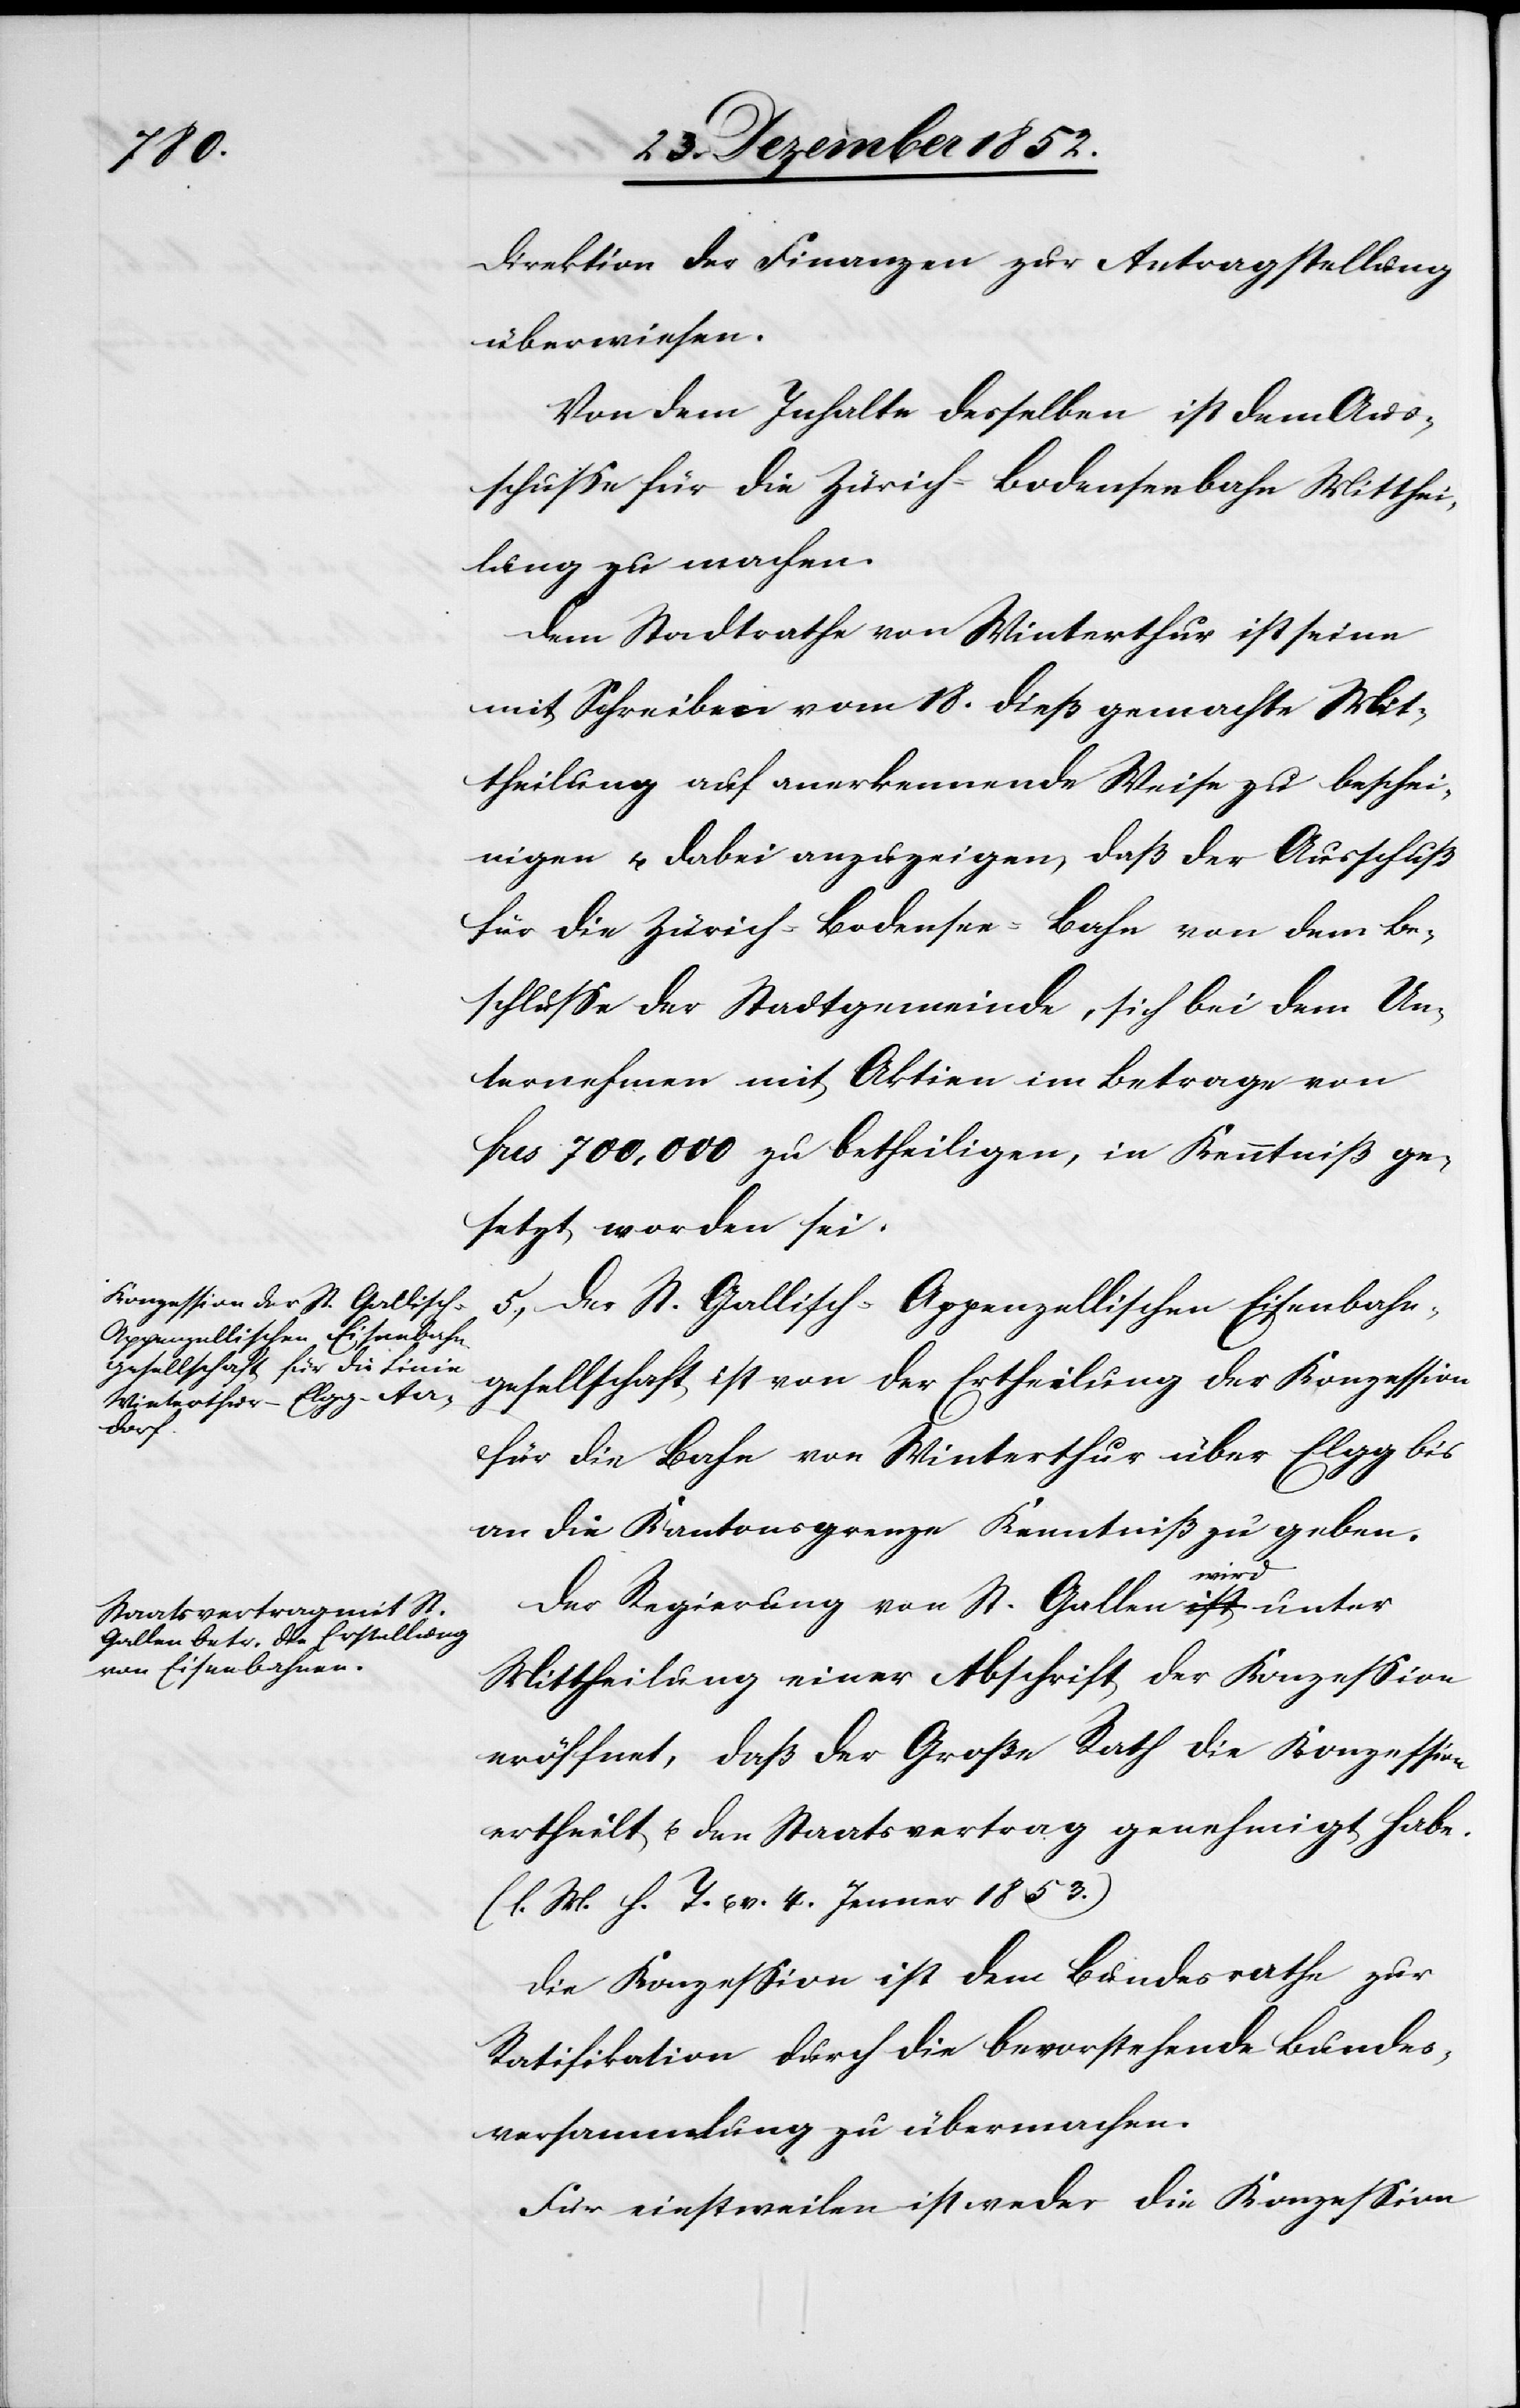
Direktion der Finanzen zur Antragstellung
überwiesen.
Von dem Inhalte desselben ist dem Aus¬
schusse für die Zürich-Bodenseebahn Mitthei¬
lung zu machen.
Dem Stadtrathe von Winterthur ist seine
mit Schreiben vom 18. dieß gemachte Mit¬
theilung auf anerkennende Weise zu beschei¬
nigen u. dabei anzuzeigen, daß der Ausschuß
für die Zürich-Bodensee-Bahn von dem Be¬
schlusse der Stadtgemeinde, sich bei dem Un¬
ternehmen mit Aktien im Betrage von
frcs 700,000 zu betheiligen, in Kenntniß ge¬
setzt worden sei.
5., Der St. Gallisch-Appenzellischen Eisenbahn¬
gesellschaft ist von der Ertheilung der Konzession
für die Bahn von Winterthur über Elgg bis
an die Kantonsgrenze Kenntniß zu geben.
Der Regierung von St. Gallen wird unter
Mittheilung einer Abschrift der Konzession
eröffnet, daß der Große Rath die Konzession
ertheilt u. den Staatsvertrag genehmigt habe.
(l. M. h. T. u. v. 4. Jenner 1853.)
Die Konzession ist dem Bundesrathe zur
Ratifikation durch die bevorstehende Bundes¬
versammlung zu übermachen.
Für einstweilen ist weder die Konzession